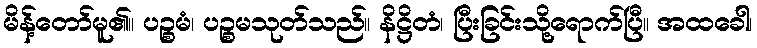
မိန့်တော်မူ၏။ ပဉ္စမံ၊ ပဉ္စမသုတ်သည်။ နိဋ္ဌိတံ၊ ပြီးခြင်းသို့ရောက်ပြီ။ အထခေါ၊